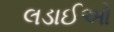
લડાઈઓ